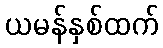
ယမန်နှစ်ထက်